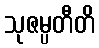
သုဇမ္ပတီတိ